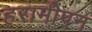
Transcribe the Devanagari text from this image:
हरामीपन